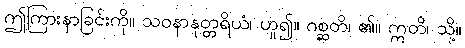
ဤကြားနာခြင်းကို။ သဝနာနုတ္တရိယံ၊ ဟူ၍။ ဂစ္ဆတိ၊ ၏။ ဣတိ၊ သို့။